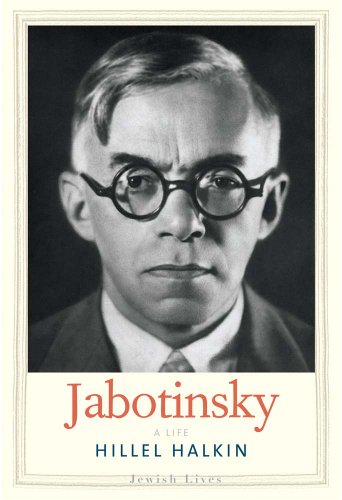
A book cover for Jabotinsky: A Life (Jewish Lives); Hillel Halkin; Biographies & Memoirs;